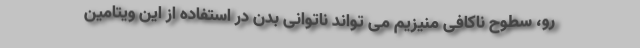
رو، سطوح ناکافی منیزیم می تواند ناتوانی بدن در استفاده از این ویتامین